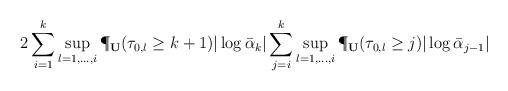
LaTeX: \begin{align*}2\sum_{i=1}^k\sup_{l=1,\ldots,i}\P_{\bf U}(\tau_{0,l}\ge k+1)|\log\bar\alpha_{k}|\sum_{j=i}^k\sup_{l=1,\ldots,i}\P_{\bf U}(\tau_{0,l}\ge j)|\log\bar\alpha_{j-1}|\end{align*}